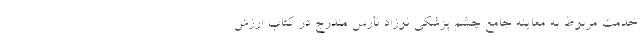
خدمت مربوط به معاینه جامع چشم پزشکی نوزاد نارس مندرج در کتاب ارزش